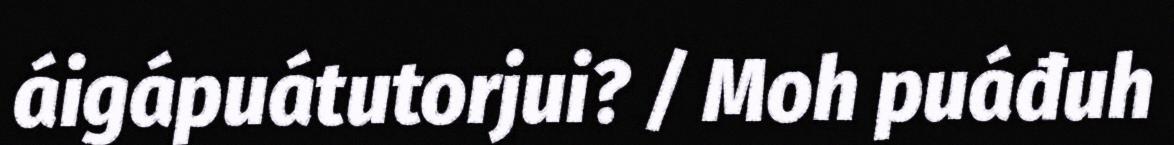
áigápuátutorjui? / Moh puáđuh